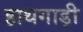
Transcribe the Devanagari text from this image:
हाथगाड़ी